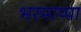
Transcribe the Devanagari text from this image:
भरमाप्पा